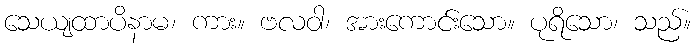
သေယျထာပိနာမ၊ ကား။ ဗလဝါ၊ အားကောင်းသော။ ပုရိသော၊ သည်။